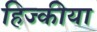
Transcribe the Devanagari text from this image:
हिज्कीया